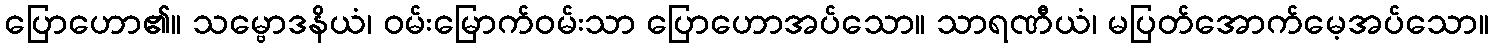
ပြောဟော၏။ သမ္ဗောဒနိယံ၊ ဝမ်းမြောက်ဝမ်းသာ ပြောဟောအပ်သော။ သာရဏီယံ၊ မပြတ်အောက်မေ့အပ်သော။